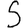
Digit: 5